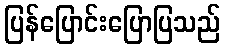
ပြန်ပြောင်းပြောပြသည်